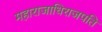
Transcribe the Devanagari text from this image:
महाराजाधिराजपति